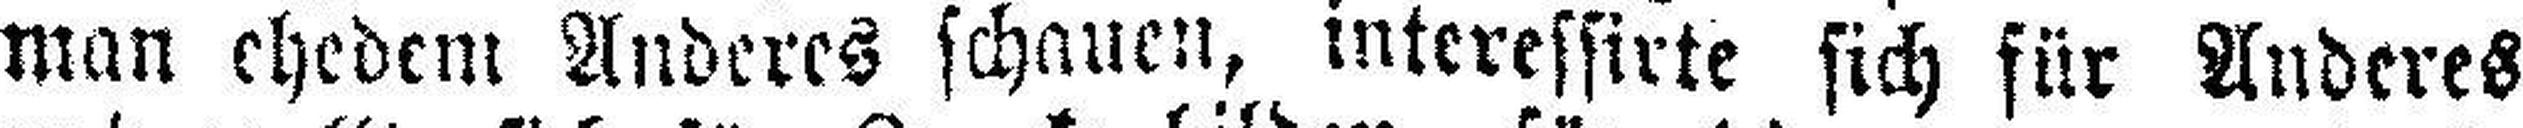
man ehedem Anderes schauen, interessirte sich für Anderes